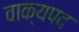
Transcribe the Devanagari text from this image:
वाक्यपद